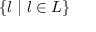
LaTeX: \{ l \ | \ l \in L \}